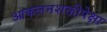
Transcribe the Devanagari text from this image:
आकलनशक्तीपेक्षा